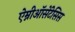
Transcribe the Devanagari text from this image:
ऐम्नीऑसेंटेसिस